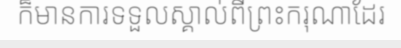
ក៏មានការទទួលស្គាល់ពីព្រះករុណាដែរ